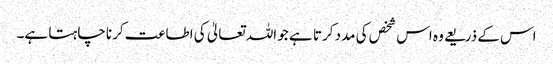
اس کے ذریعے وہ اس شخص کی مدد کرتا ہے جو اللہ تعالیٰ کی اطاعت کرنا چاہتا ہے۔